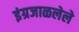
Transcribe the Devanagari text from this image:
इंग्रजाळलेले